Civil Veterinary Dept. Assam report 1911-1927 - 1911-1927
Year: 1911
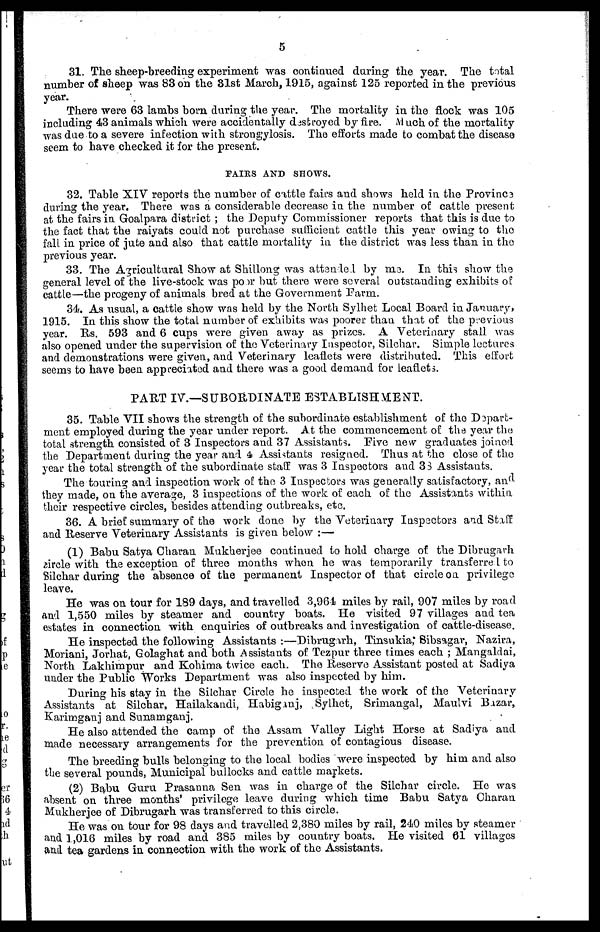
5
31. The sheep-breeding experiment was continued daring the year. The total
number of sheep was 88 on the 31st March, 1915, against 125 reported in the previous
year.
There were 63 lambs born during the year. The mortality in the flock was 105
including 48 animals which were accidentally destroyed by fire. Much of the mortality
was due to a severe infection with strongylosis. The efforts made to combat the disease
seem to have checked it for the present.
FAIRS AND SHOWS.
32. Table XIV reports the number of cattle fairs and shows held in the Province
during the year. There was a considerable decrease in the number of cattle present
at the fairs in Goalpara district; the Deputy Commissioner reports that this is due to
the fact that the raiyats could not purchase sufficient cattle this year owing to the
fall in price of jute and also that cattle mortality in the district was less than in the
previous year.
33. The Agricultural Show at Shillong was attended by me. In this show the
general level of the live-stock was poor but there were several outstanding exhibits of
cattle—the progeny of animals bred at the Government Farm.
34. As usual, a cattle show was held by the North Sylhet Local Board in January,
1915. In this show the total number of exhibits was poorer than that of the previous
year. Rs. 593 and 6 cups were given away as prizes. A Veterinary stall was
also opened under the supervision of the Veterinary Inspector, Silchar. Simple lectures
and demonstrations were given, and Veterinary leaflets were distributed. This effort
seems to have been appreciated and there was a good demand for leaflets.
PART IV.—SUBORDINATE ESTABLISHMENT.
35. Table VII shows the strength of the subordinate establishment of the Depart-
ment employed during the year under report. At the commencement of the year the
total strength consisted of 3 Inspectors and 37 Assistants. Five new graduates joined
the Department during the year and 4 Assistants resigned. Thus at the close of the
year the total strength of the subordinate staff was 3 Inspectors and 33 Assistants.
The touring and inspection work of the 3 Inspectors was generally satisfactory, and
they made, on the average, 3 inspections of the work of each of the Assistants within
their respective circles, besides attending outbreaks, etc.
36. A brief summary of the work done by the Veterinary Inspectors and Stiff
and Reserve Veterinary Assistants is given below :—
(1) Babu Satya Charan Mukherjee continued to hold charge of the Dibrugarh
circle with the exception of three months when he was temporarily transferred to
Silchar during the absence of the permanent Inspector of that circle on privilege
leave.
He was on tour for 189 days, and travelled 3,964 miles by rail, 907 miles by road
and 1,550 miles by steamer and country boats. He visited 97 villages and tea
estates in connection with enquiries of outbreaks and investigation of cattle-disease.
He inspected the following Assistants :—Dibrugarh, Tinsukia, Sibsagar, Nazira,
Moriani, Jorhat, Golaghat and both Assistants of Tezpur three times each ; Mangaldai,
North Lakhimpur and Kohima twice each. The Reserve Assistant posted at Sadiya
under the Public Works Department was also inspected by him.
During his stay in the Silchar Circle he inspected the work of the Veterinary
Assistants at Silchar, Hailakandi, Habiganj, Sylhet, Srimangal, Maulvi Bazar,
Karimganj and Sunamganj.
He also attended the camp of the Assam Valley Light Horse at Sadiya and
made necessary arrangements for the prevention of contagious disease.
The breeding bulls belonging to the local bodies were inspected by him and also
the several pounds, Municipal bullocks and cattle markets.
(2) Babu Guru Prasanna Sen was in charge of the Silchar circle. He was
absent on three months' privilege leave during which time Babu 8atya Charan
Mukherjee of Dibrugarh was transferred to this circle.
He was on tour for 98 days and travelled 2,380 miles by rail, 240 miles by steamer
and 1,016 miles by road and 385 miles by country boats. He visited 61 villages
and tea gardens in connection with the work of the Assistants.